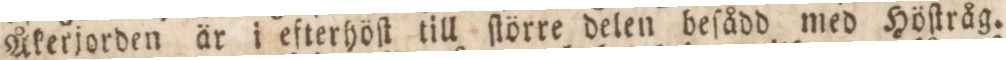
Åkerjorden är i efterhöſt till ſlörre delen beſådd med Höſtråg.